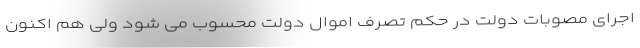
اجرای مصوبات دولت در حکم تصرف اموال دولت محسوب می شود ولی هم اکنون